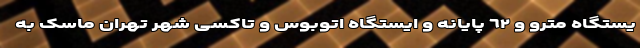
یستگاه مترو و ٦٢ پایانه و ایستگاه اتوبوس و تاکسی شهر تهران ماسک به